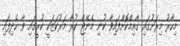
މިހާރު މިރަށުގައި ގާއިމްކޮށްފައިވާ ކުނި މެނޭޖް ކުރާ މަރުކަޒަކީ ކުރީގައި ވާ ހެދިފައި